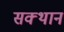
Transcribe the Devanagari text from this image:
सक्थान